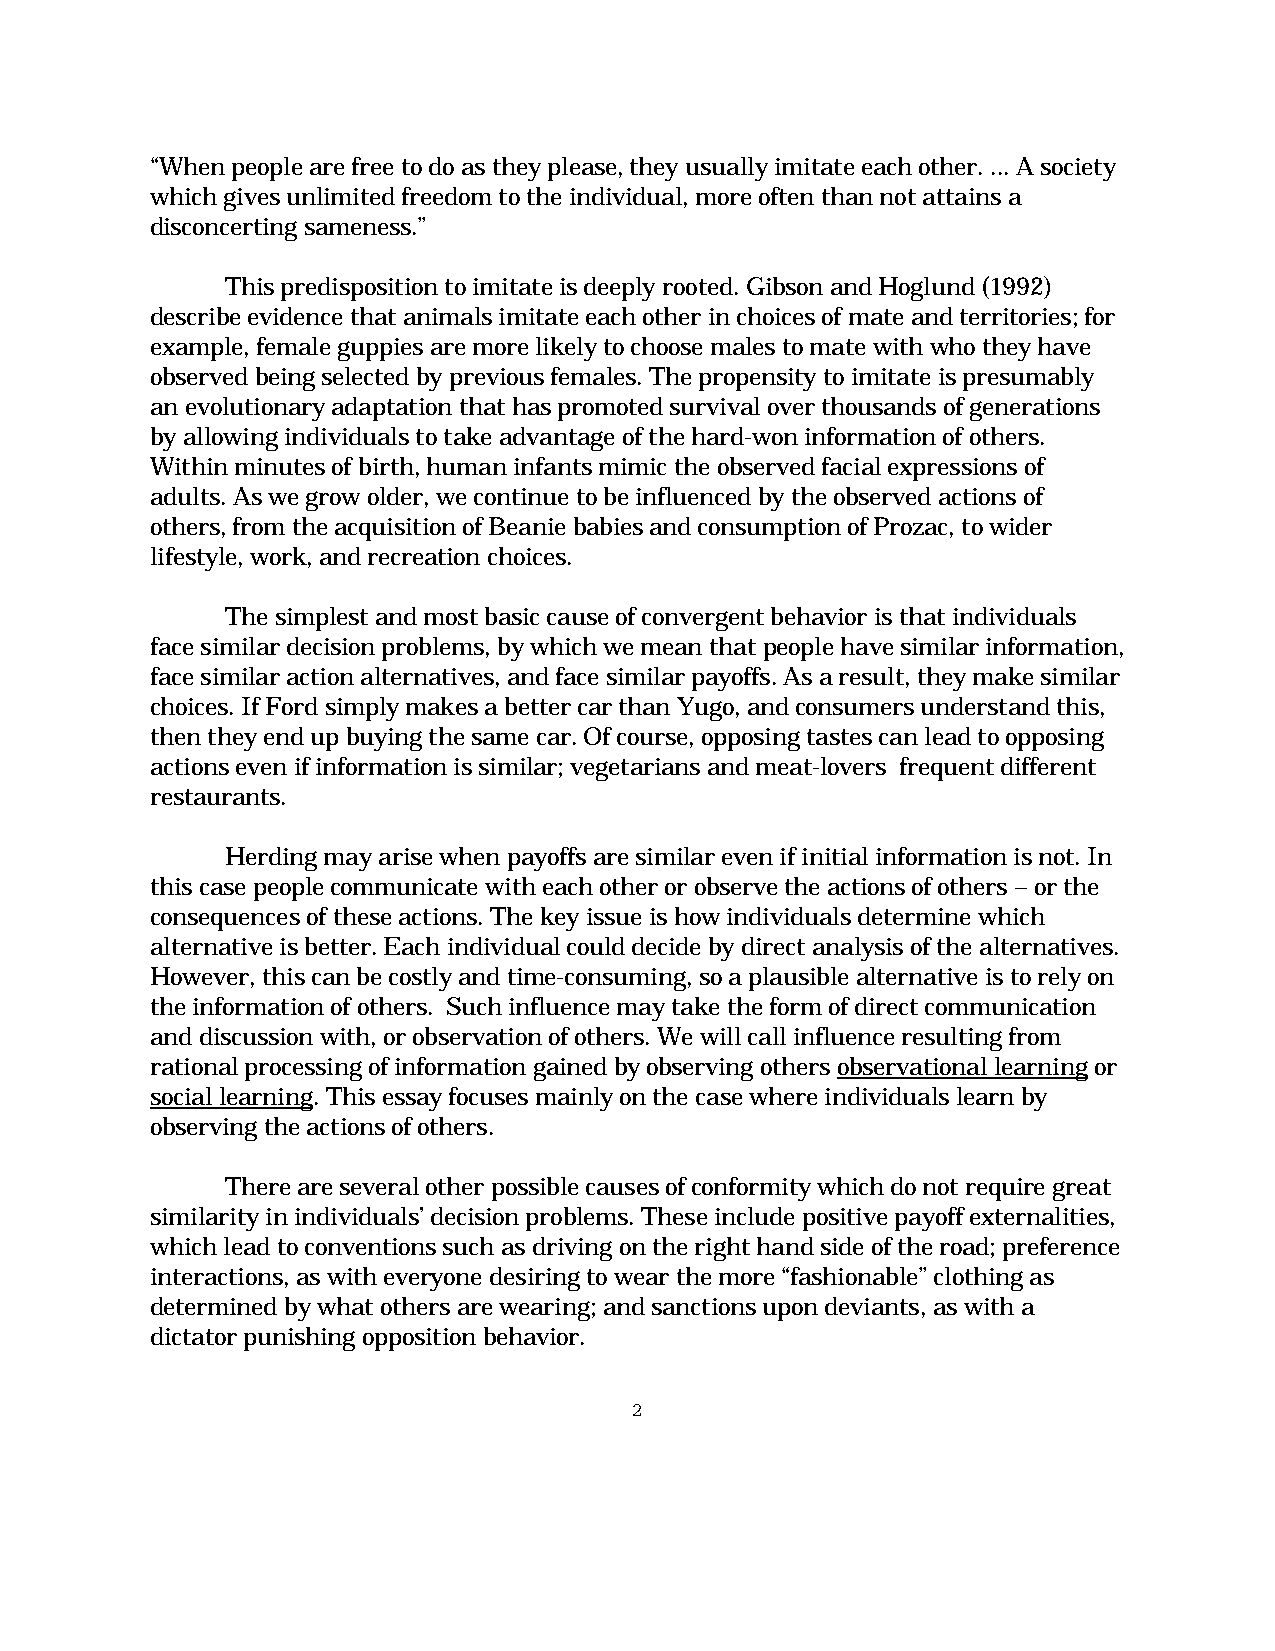
“When people are free to do as they please, they usually imitate each other. ... A society
 which gives unlimited freedom to the individual, more often than not attains a
 disconcerting sameness.”
 This predisposition to imitate is deeply rooted. Gibson and Hoglund (1992)
 describe evidence that animals imitate each other in choices of mate and territories; for
 example, female guppies are more likely to choose males to mate with who they have
 observed being selected by previous females. The propensity to imitate is presumably
 an evolutionary adaptation that has promoted survival over thousands of generations
 by allowing individuals to take advantage of the hard-won information of others.
 Within minutes of birth, human infants mimic the observed facial expressions of
 adults. As we grow older, we continue to be influenced by the observed actions of
 others, from the acquisition of Beanie babies and consumption of Prozac, to wider
 lifestyle, work, and recreation choices.
 The simplest and most basic cause of convergent behavior is that individuals
 face similar decision problems, by which we mean that people have similar information,
 face similar action alternatives, and face similar payoffs. As a result, they make similar
 choices. If Ford simply makes a better car than Yugo, and consumers understand this,
 then they end up buying the same car. Of course, opposing tastes can lead to opposing
 actions even if information is similar; vegetarians and meat-lovers frequent different
 restaurants.
 Herding may arise when payoffs are similar even if initial information is not. In
 this case people communicate with each other or observe the actions of others – or the
 consequences of these actions. The key issue is how individuals determine which
 alternative is better. Each individual could decide by direct analysis of the alternatives.
 However, this can be costly and time-consuming, so a plausible alternative is to rely on
 the information of others. Such influence may take the form of direct communication
 and discussion with, or observation of others. We will call influence resulting from
 rational processing of information gained by observing others observational learning or
 social learning. This essay focuses mainly on the case where individuals learn by
 observing the actions of others.
 There are several other possible causes of conformity which do not require great
 similarity in individuals’ decision problems. These include positive payoff externalities,
 which lead to conventions such as driving on the right hand side of the road; preference
 interactions, as with everyone desiring to wear the more “fashionable” clothing as
 determined by what others are wearing; and sanctions upon deviants, as with a
 dictator punishing opposition behavior.
 2